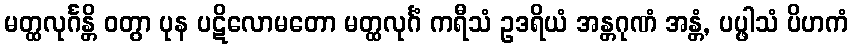
မတ္ထလုင်္ဂန္တိ ဝတွာ ပုန ပဋိလောမတော မတ္ထလုင်္ဂံ ကရီသံ ဥဒရိယံ အန္တဂုဏံ အန္တံ, ပပ္ဖါသံ ပိဟကံ